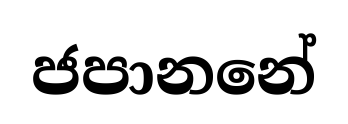
ජපානනේ